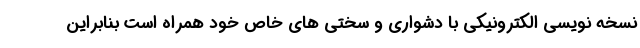
نسخه نویسی الکترونیکی با دشواری و سختی های خاص خود همراه است بنابراین